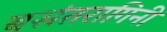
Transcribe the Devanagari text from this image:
बसंतरागिनी